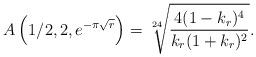
LaTeX: \begin{align*}A\left(1/2,2,e^{-\pi\sqrt{r}}\right)=\sqrt[24]{\frac{4(1-k_r)^4}{k_r(1+k_r)^2}}.\end{align*}